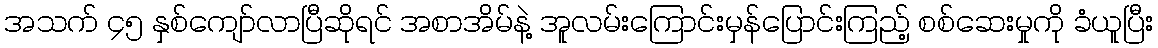
အသက် ၄၅ နှစ်ကျော်လာပြီဆိုရင် အစာအိမ်နဲ့ အူလမ်းကြောင်းမှန်ပြောင်းကြည့် စစ်ဆေးမှုကို ခံယူပြီး